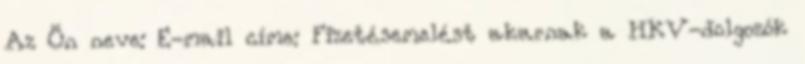
Az Ön neve: E-mail címe: Fizetésemelést akarnak a HKV-dolgozók